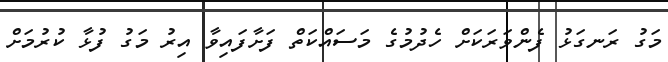
މަގު ރަނގަޅު ފެންވަރަކަށް ހެދުމުގެ މަސައްކަތް ފަށާފައިވާ އިރު މަގު ފުޅާ ކުރުމަށް